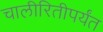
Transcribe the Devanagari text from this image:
चालीरितीपर्यंत